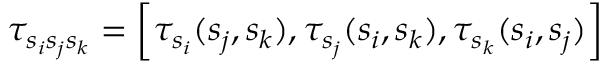
\tau _ { s _ { i } s _ { j } s _ { k } } = \left[ \tau _ { s _ { i } } ( s _ { j } , s _ { k } ) , \tau _ { s _ { j } } ( s _ { i } , s _ { k } ) , \tau _ { s _ { k } } ( s _ { i } , s _ { j } ) \right]